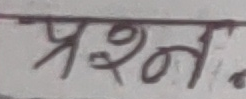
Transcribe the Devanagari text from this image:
प्रश्न.